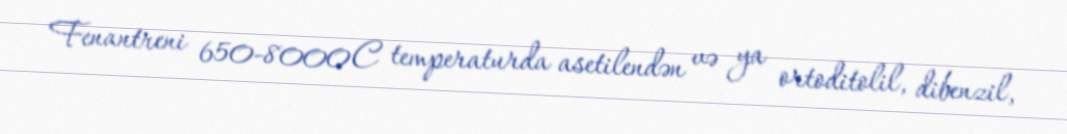
Fenantreni 650-8000C temperaturda asetilendən və ya ortoditolil, dibenzil,